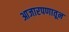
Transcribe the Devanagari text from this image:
आजारपणातून